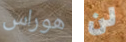
هوراس لن